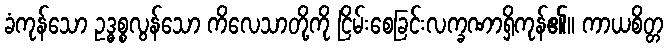
ခံကုန်သော ဥဒ္ဓစ္စလွန်သော ကိလေသာတို့ကို ငြိမ်းစေခြင်းလက္ခဏာရှိကုန်၏။ ကာယစိတ္တ